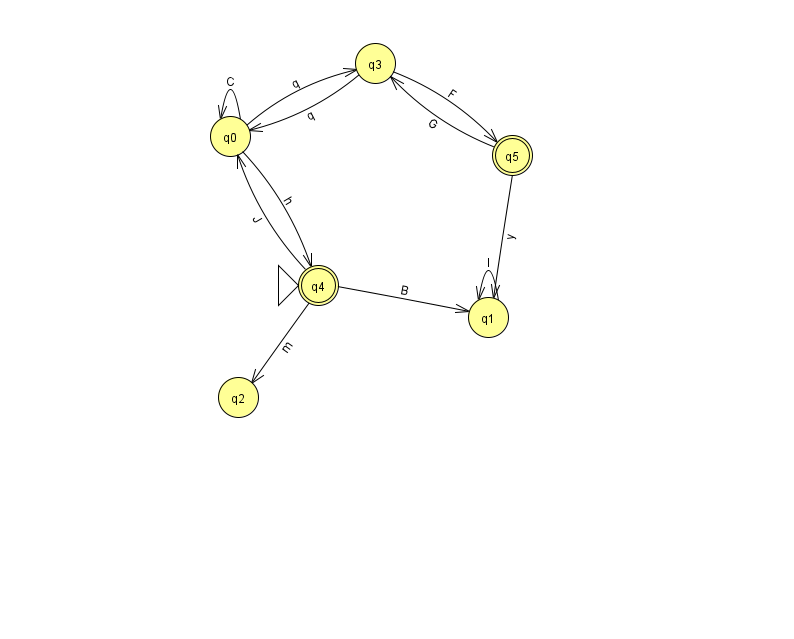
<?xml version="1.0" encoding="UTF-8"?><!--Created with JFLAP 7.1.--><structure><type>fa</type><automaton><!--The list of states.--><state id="0" name="q0"><x>230.0</x><y>123.0</y></state><state id="1" name="q1"><x>488.0</x><y>304.0</y></state><state id="2" name="q2"><x>238.0</x><y>384.0</y></state><state id="3" name="q3"><x>375.0</x><y>50.0</y></state><state id="4" name="q4"><x>318.0</x><y>272.0</y><initial/><final/></state><state id="5" name="q5"><x>512.0</x><y>142.0</y><final/></state><!--The list of transitions.--><transition><from>4</from><to>0</to><read>J</read></transition><transition><from>4</from><to>1</to><read>B</read></transition><transition><from>4</from><to>2</to><read>m</read></transition><transition><from>0</from><to>0</to><read>C</read></transition><transition><from>0</from><to>4</to><read>h</read></transition><transition><from>5</from><to>1</to><read>y</read></transition><transition><from>5</from><to>3</to><read>G</read></transition><transition><from>3</from><to>5</to><read>F</read></transition><transition><from>0</from><to>3</to><read>q</read></transition><transition><from>3</from><to>0</to><read>q</read></transition><transition><from>1</from><to>1</to><read>l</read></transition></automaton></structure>